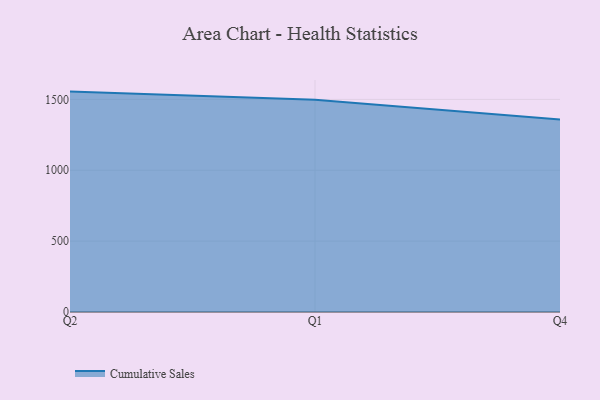
{"axis": {"x": "Quarter", "y": "Net Income (USD K)"}, "legend": ["Cumulative Sales"], "data": [{"x": "Q2", "y": 1555.0, "type": "Cumulative Sales"}, {"x": "Q1", "y": 1497.5, "type": "Cumulative Sales"}, {"x": "Q4", "y": 1358.9, "type": "Cumulative Sales"}]}